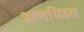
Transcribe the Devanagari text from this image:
अलग्रिडस